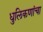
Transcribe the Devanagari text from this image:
धुलिकणांचा